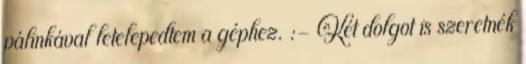
pálinkával letelepedtem a géphez. :- Két dolgot is szeretnék